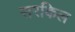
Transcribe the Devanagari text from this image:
सरकिल